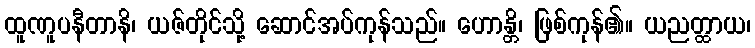
ထူဏူပနီတာနိ၊ ယဇ်တိုင်သို့ ဆောင်အပ်ကုန်သည်။ ဟောန္တိ၊ ဖြစ်ကုန်၏။ ယညတ္ထာယ၊